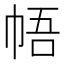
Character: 𪩳